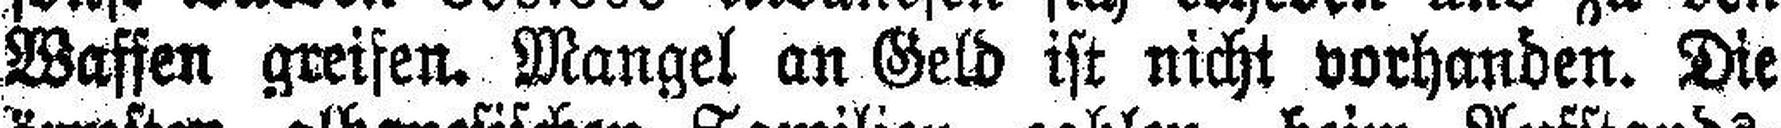
Waffen greifen. Mangel an Geld ist nicht vorhanden. Die